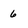
Character: 6